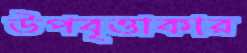
উপবৃত্তাকার